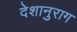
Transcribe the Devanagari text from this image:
देशानुराग